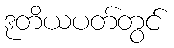
ဒုတိယပတ်တွင်